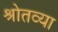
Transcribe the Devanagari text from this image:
श्रोतव्या